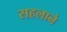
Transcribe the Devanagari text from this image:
सहलाने